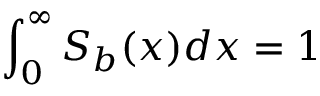
\int _ { 0 } ^ { \infty } S _ { b } ( x ) d x = 1